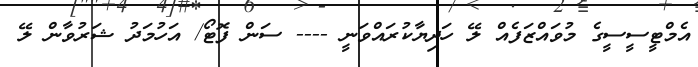
އެމްޓީސީސީގެ މުވައްޒަފެއް ލޭ ހަދިޔާކުރައްވަނީ ---- ސަން ފޮޓޯ/ އަހުމަދު ޝަރުވާން ލޭ